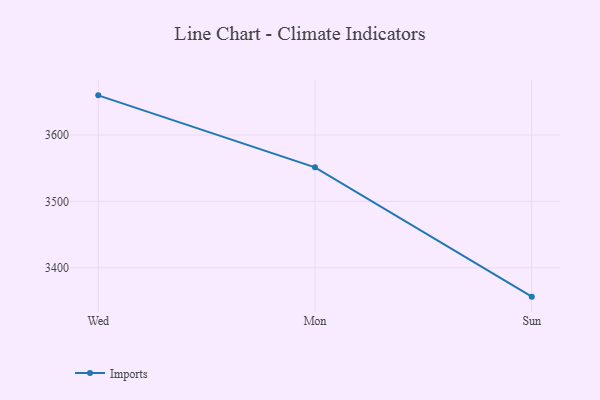
{"axis": {"x": "Day", "y": "Budget (USD K)"}, "legend": ["Imports"], "data": [{"x": "Wed", "y": 3659.7, "type": "Imports"}, {"x": "Mon", "y": 3551.3, "type": "Imports"}, {"x": "Sun", "y": 3356.6, "type": "Imports"}]}